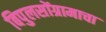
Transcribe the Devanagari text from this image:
बिपुलसोंग्रामाचा